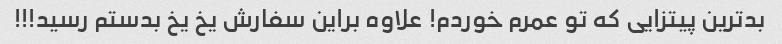
بدترین پیتزایی که تو عمرم خوردم! علاوه براین سفارش یخ یخ بدستم رسید!!!